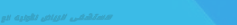
مستشفى الرياض للأولية الع